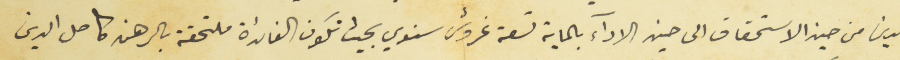
الدين من حين الاستحقاق الى حين الادآء بالماية تسعة غروش سنوي بحيث تكون الفائدة ملتحقة بالرهن كامل الدين